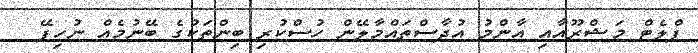
ފްލެޓް މަޝްރޫއާއި އާންމު އުދާސްތައްމާލޭން ހުސްކުރި ބިންތަކުގެ ބޭނުމެއް ނުހިފޭ